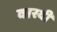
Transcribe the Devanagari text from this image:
वास्वी